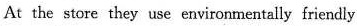
At the store they use environmentally friendly